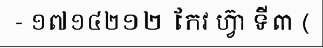
- ១៧១៤២១២ កែវ ហ្វ៊ា ទី៣ (